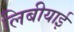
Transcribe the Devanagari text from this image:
लिबीयाई